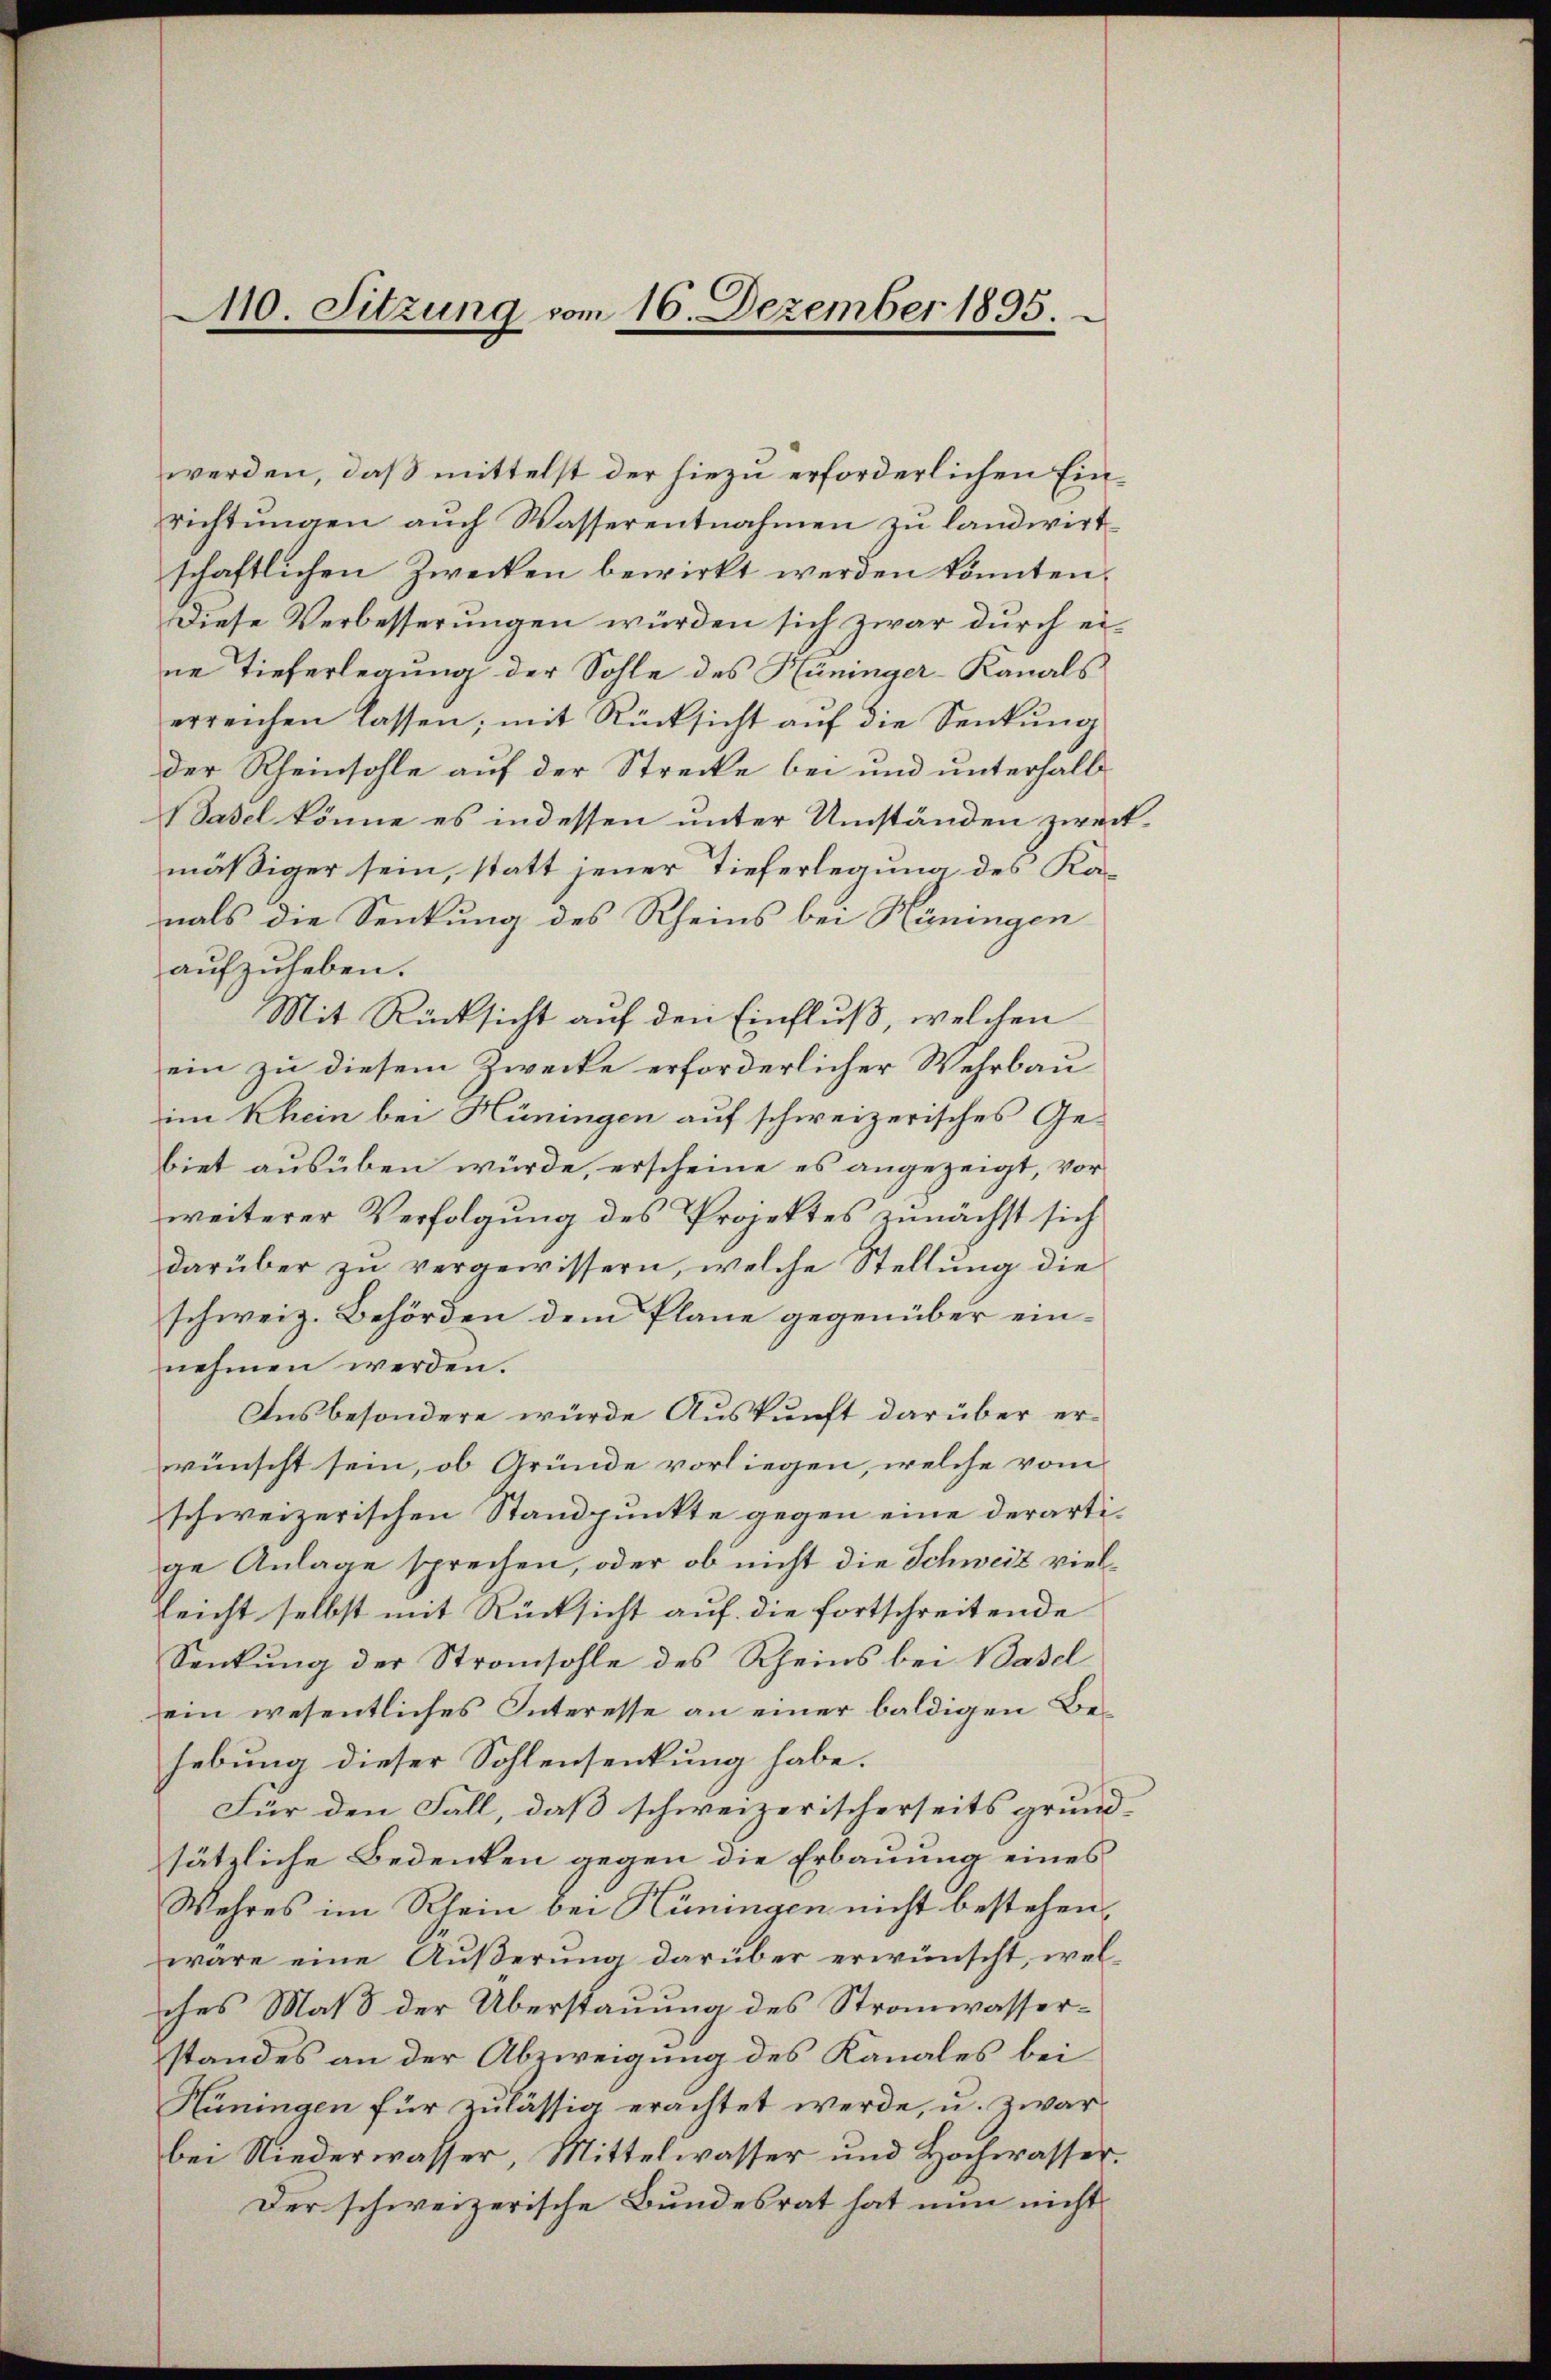
10. Sitzung vom 16. Dezember 1895

werden, daß mittelst der hiezu erforderlichen Einrichtŭngen auch Wasserentnahmen zu landwirt-
schaftlichen Zwecken bewirkt werden könnten.
Diese Verbesserungen würden sich zwar durch eine Tieferlegung der Sohle des Hüninger-Kanals
erreichen lassen; mit Rücksicht auf die Senkung
der Rheinsohle auf der Strecke bei und unterhalb
Basel könne es indessen unter Umständen zweitmäßiger sein, statt jener Tieferlegung des Kanals die Senkung des Rheins bei Hüningen
aufzuheben.
Mit Rücksicht auf den Einfluß, welchen
ein zu diesem Zwecke erforderlicher Wehrbau
im Rhein bei Hüningen auf schweizerisches Gebiet ausüben würde, erscheine es angezeigt, vor
weiterer Verfolgung des Projektes zunächst sich
darüber zu vergewissern, welche Stellung die
schweiz. Behörden dem Plane gegenüber ein-
nehmen werden.
Insbesondere würde Auskunft darüber erwünscht sein, ob Gründe vorliegen, welche vom
schweizerischen Standpunkte gegen eine derartige Anlage sprechen, oder ob nicht die Schweiz vielleicht selbst mit Rücksicht auf die fortschreitende
Senkung der Stransohle des Rheins bei Basel
ein wesentliches Interesse an einer baldigen Behebung dieser Sohlensenkung habe.
Für den Fall, daß schweizerischerseits grundsätzliche Bedenken gegen die Erbauung eines
Wahres im Rhein bei Hüningen nicht bestehen,
wäre eine Äußerung darüber erwünscht, wel-
ches Mal der Überstauung des Stranwasserstandes an der Abzweigung des Kanales bei
Hüningen für zulässig erachtet werde, u. zwar
bei Niederwasser, Mittelwasser und Hochwasser.
Der schweizerische Bundesrat hat nun nicht